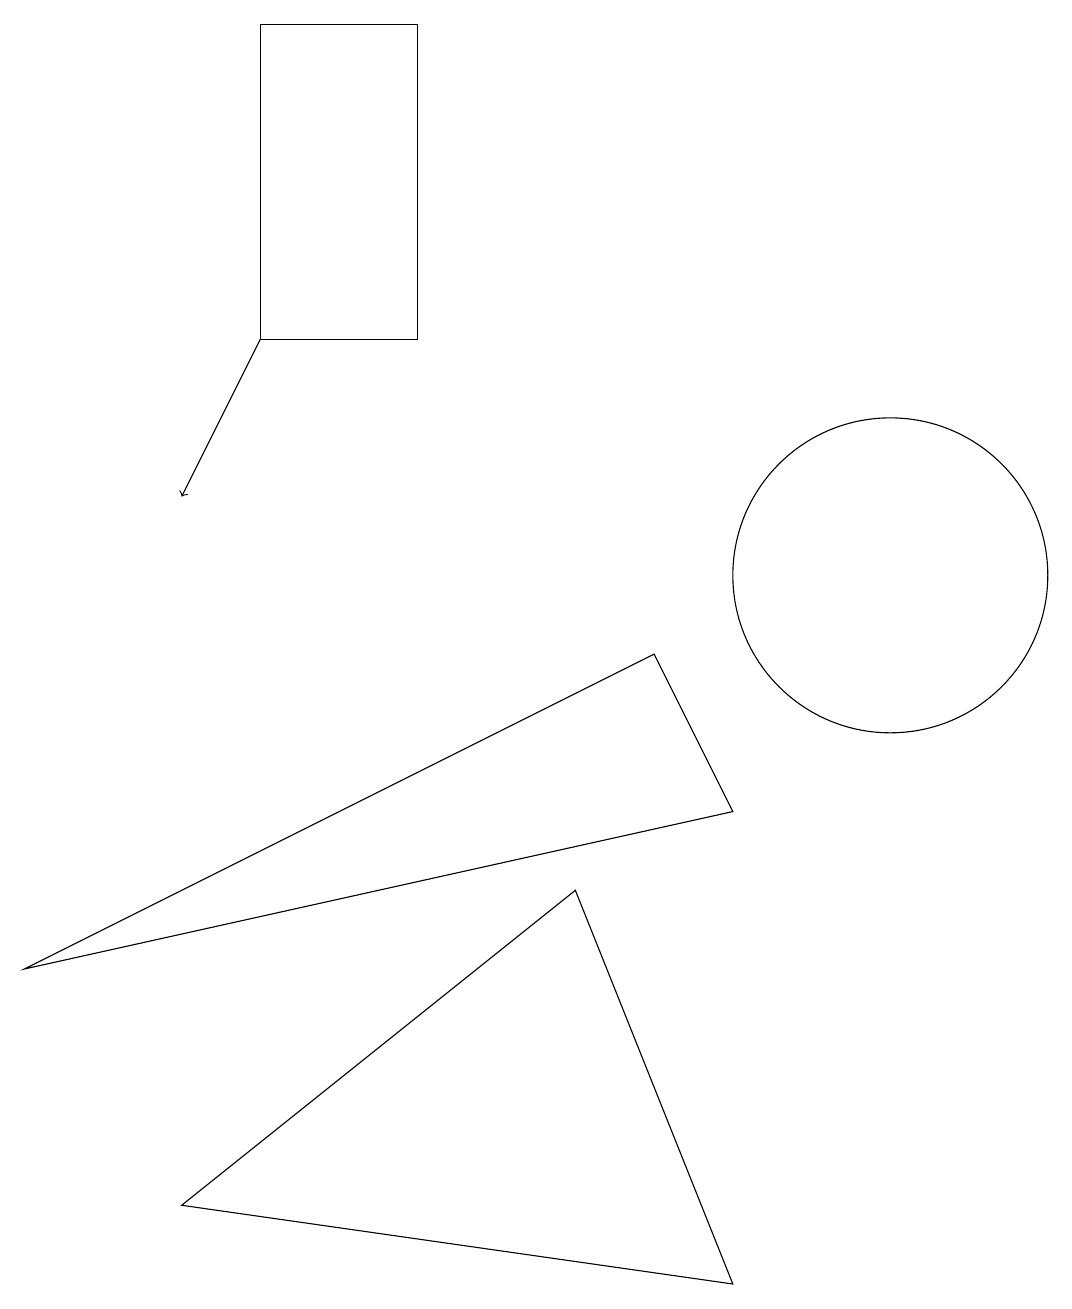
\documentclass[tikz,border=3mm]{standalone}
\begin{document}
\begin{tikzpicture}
\draw (9,7) -- (8,9) -- (0,5) -- cycle;
\draw[->] (3,13) -- (2,11);
\draw (11,10) circle (2);
\draw (2,2) -- (7,6) -- (9,1) -- cycle;
\draw (5,13) rectangle (3,17);
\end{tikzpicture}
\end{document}